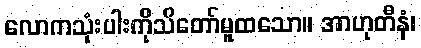
လောကသုံးပါးကိုသိတော်မူထသော။ အာဟုတီနံ၊